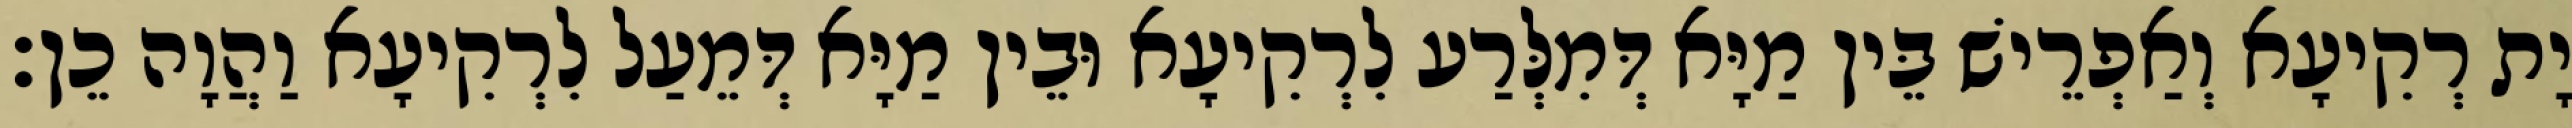
יָת רְקִיעָא וְאַפְרֵישׁ בֵּין מַיָּא דְּמִלְּרַע לִרְקִיעָא וּבֵין מַיָּא דְּמֵעַל לִרְקִיעָא וַהֲוָה כֵן׃